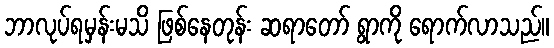
ဘာလုပ်ရမှန်းမသိ ဖြစ်နေတုန်း ဆရာတော် ရွာကို ရောက်လာသည်။